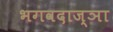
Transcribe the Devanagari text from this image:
भगवदाज्ञा